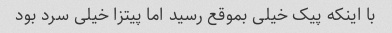
با اینکه پیک خیلی بموقع رسید اما پیتزا خیلی سرد بود